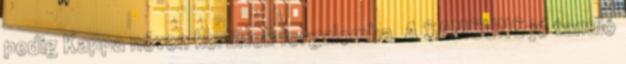
pedig Kappa néven kerültek forgalomba. A SAMSUNG jó tanuló